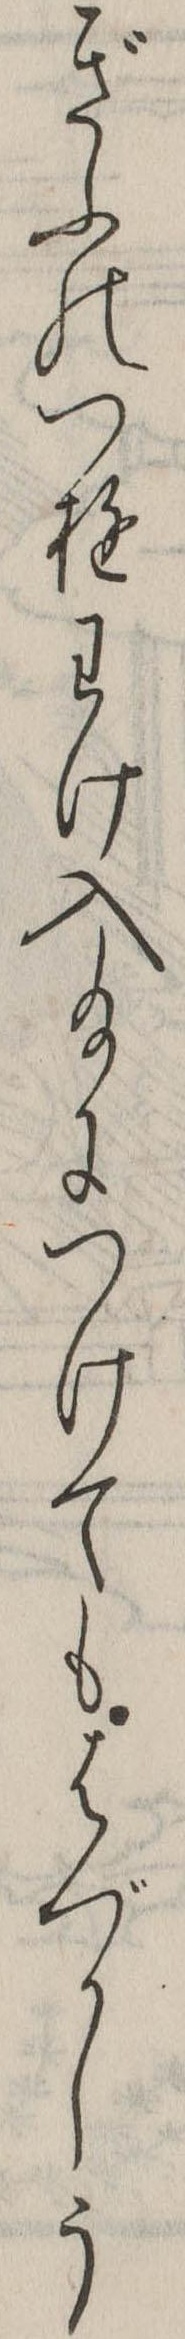
ぎふのつゆわけ入給につけてもはづかしう